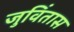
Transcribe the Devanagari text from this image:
जुविंतास